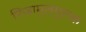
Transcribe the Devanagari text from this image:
निज़ामुल्मुलक